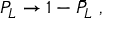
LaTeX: P _ { L } \rightarrow 1 - { \bar { P } } _ { L } ~ ,